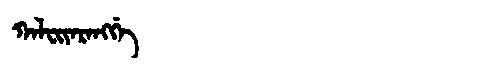
Manchu: ᡴᠠᠯᠸᡳᠶᠠᡵᠠᠩᡤᡝ
Romanization: KALFIYARANGGE